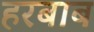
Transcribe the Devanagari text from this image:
हरबाब